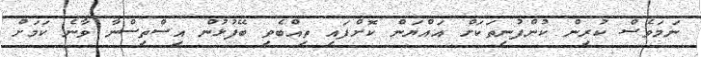
ނަމަވެސް ކުރިން ކުންފުނިތަކަށް އައްޔަން ކޮށްފައި ތިއްބެވި ބޭފުޅުން އިސްތިސްނާ ވާނެ ކަމަށް